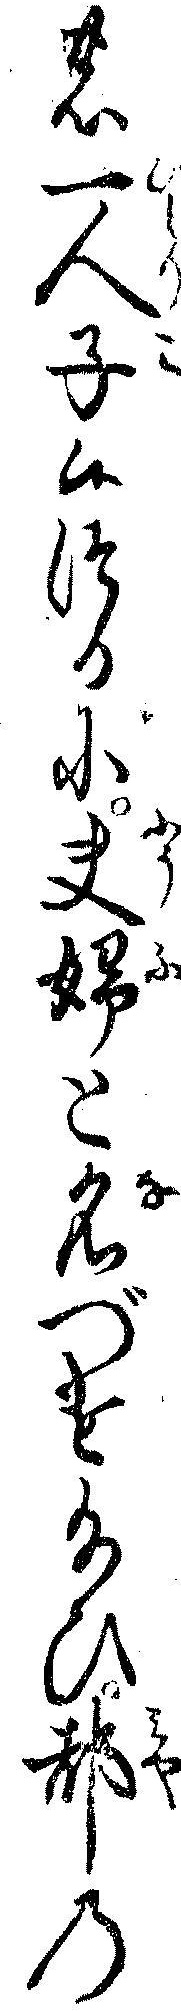
の一人子候つるに夫婦と名づけ給ひ都の